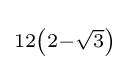
\scriptstyle 12\left(2-{\sqrt {3}}\right)